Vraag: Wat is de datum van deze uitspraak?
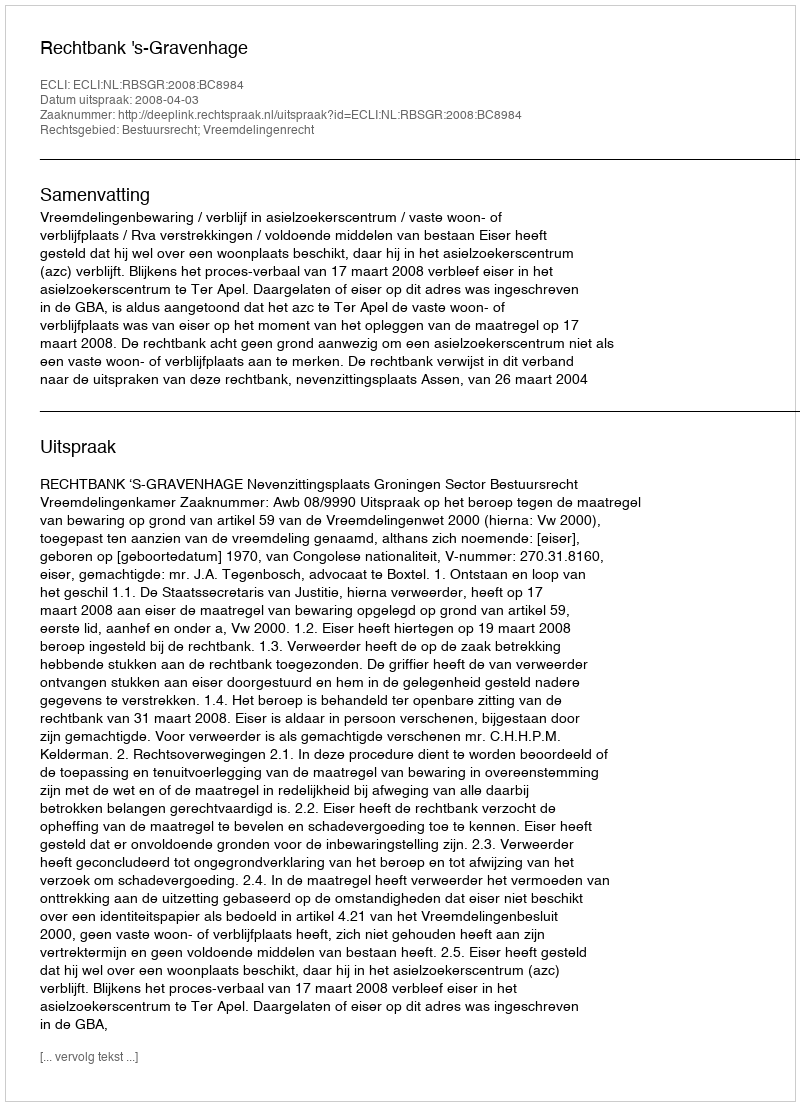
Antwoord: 2008-04-03